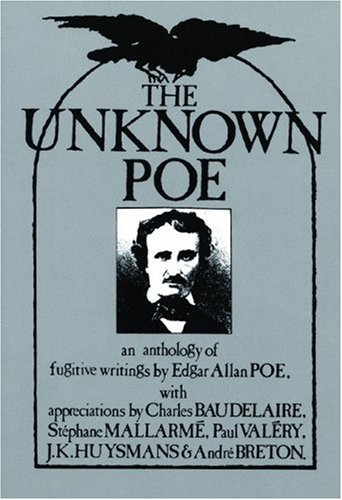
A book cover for The Unknown Poe; Edgar Allan Poe; Science Fiction & Fantasy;